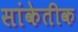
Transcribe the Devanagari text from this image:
सांकेतीक